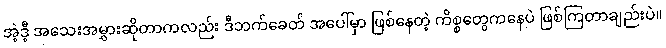
အဲ့ဒီ့ အသေးအမွှားဆိုတာကလည်း ဒီဘက်ခေတ် အပေါ်မှာ ဖြစ်နေတဲ့ ကိစ္စတွေကနေပဲ ဖြစ်ကြတာချည်းပဲ။